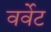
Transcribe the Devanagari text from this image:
वर्वेट